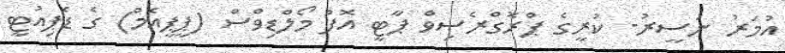
އުމަރު ނަސީރު- ކުރީގެ ޕްރޮގްރެސިވް ޕާޓީ އޮފް މޯލްޑިވްސް (ޕީޕީއެމް) ގެ ޑެޕިއުޓީ